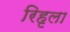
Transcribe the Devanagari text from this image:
रिहृला